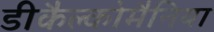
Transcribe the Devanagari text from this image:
डीकैल्कोमैनिया